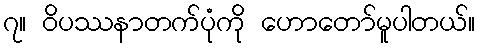
၇။ ဝိပဿနာတက်ပုံကို ဟောတော်မူပါတယ်။